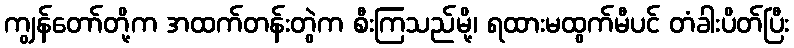
ကျွန်တော်တို့က အထက်တန်းတွဲက စီးကြသည်မို့၊ ရထားမထွက်မီပင် တံခါးပိတ်ပြီး